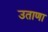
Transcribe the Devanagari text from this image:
उताणा